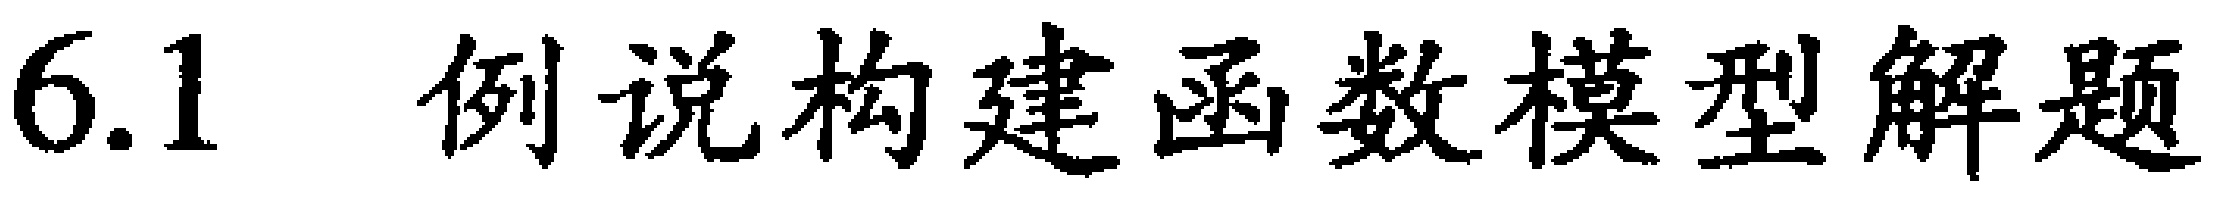
6.1 例说构建函数模型解题